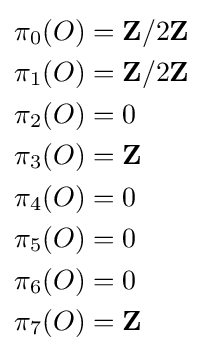
{\begin{aligned}\pi _{0}(O)&=\mathbf {Z} /2\mathbf {Z} \\\pi _{1}(O)&=\mathbf {Z} /2\mathbf {Z} \\\pi _{2}(O)&=0\\\pi _{3}(O)&=\mathbf {Z} \\\pi _{4}(O)&=0\\\pi _{5}(O)&=0\\\pi _{6}(O)&=0\\\pi _{7}(O)&=\mathbf {Z} \end{aligned}}